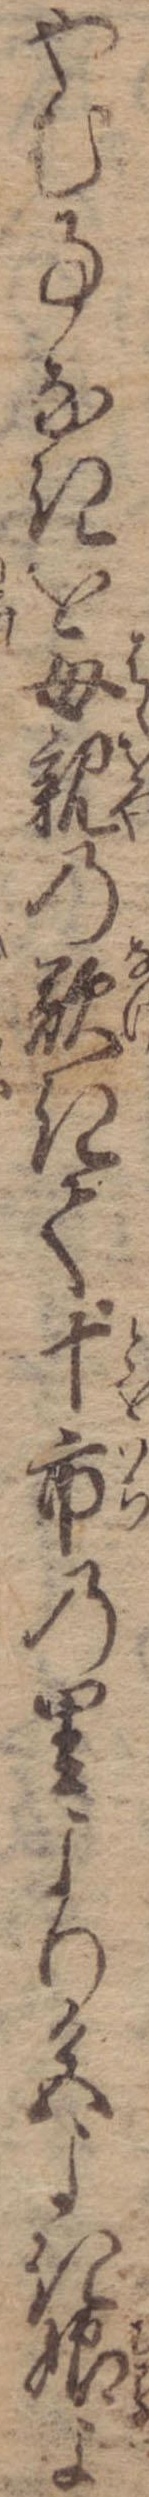
やむ事なきを母親の歎きて十市の里より色よき娘よ